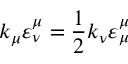
k _ { \mu } \varepsilon _ { \nu } ^ { \mu } = \frac { 1 } { 2 } k _ { \nu } \varepsilon _ { \mu } ^ { \mu }